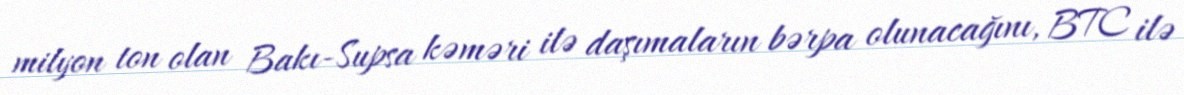
milyon ton olan Bakı-Supsa kəməri ilə daşımaların bərpa olunacağını, BTC ilə